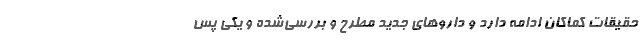
حقیقات کماکان ادامه دارد و داروهای جدید مطرح و بررسی‌شده و یکی پس